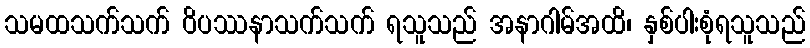
သမထသက်သက် ဝိပဿနာသက်သက် ရသူသည် အနာဂါမ်အထိ၊ နှစ်ပါးစုံရသူသည်